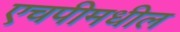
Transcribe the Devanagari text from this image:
एचपीमधील